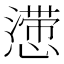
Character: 𰒒